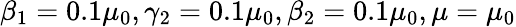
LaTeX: \beta_{1}=0.1\mu_{0},\gamma_{2}=0.1\mu_{0},\beta_{2}=0.1\mu_{0},\mu=\mu_{0}